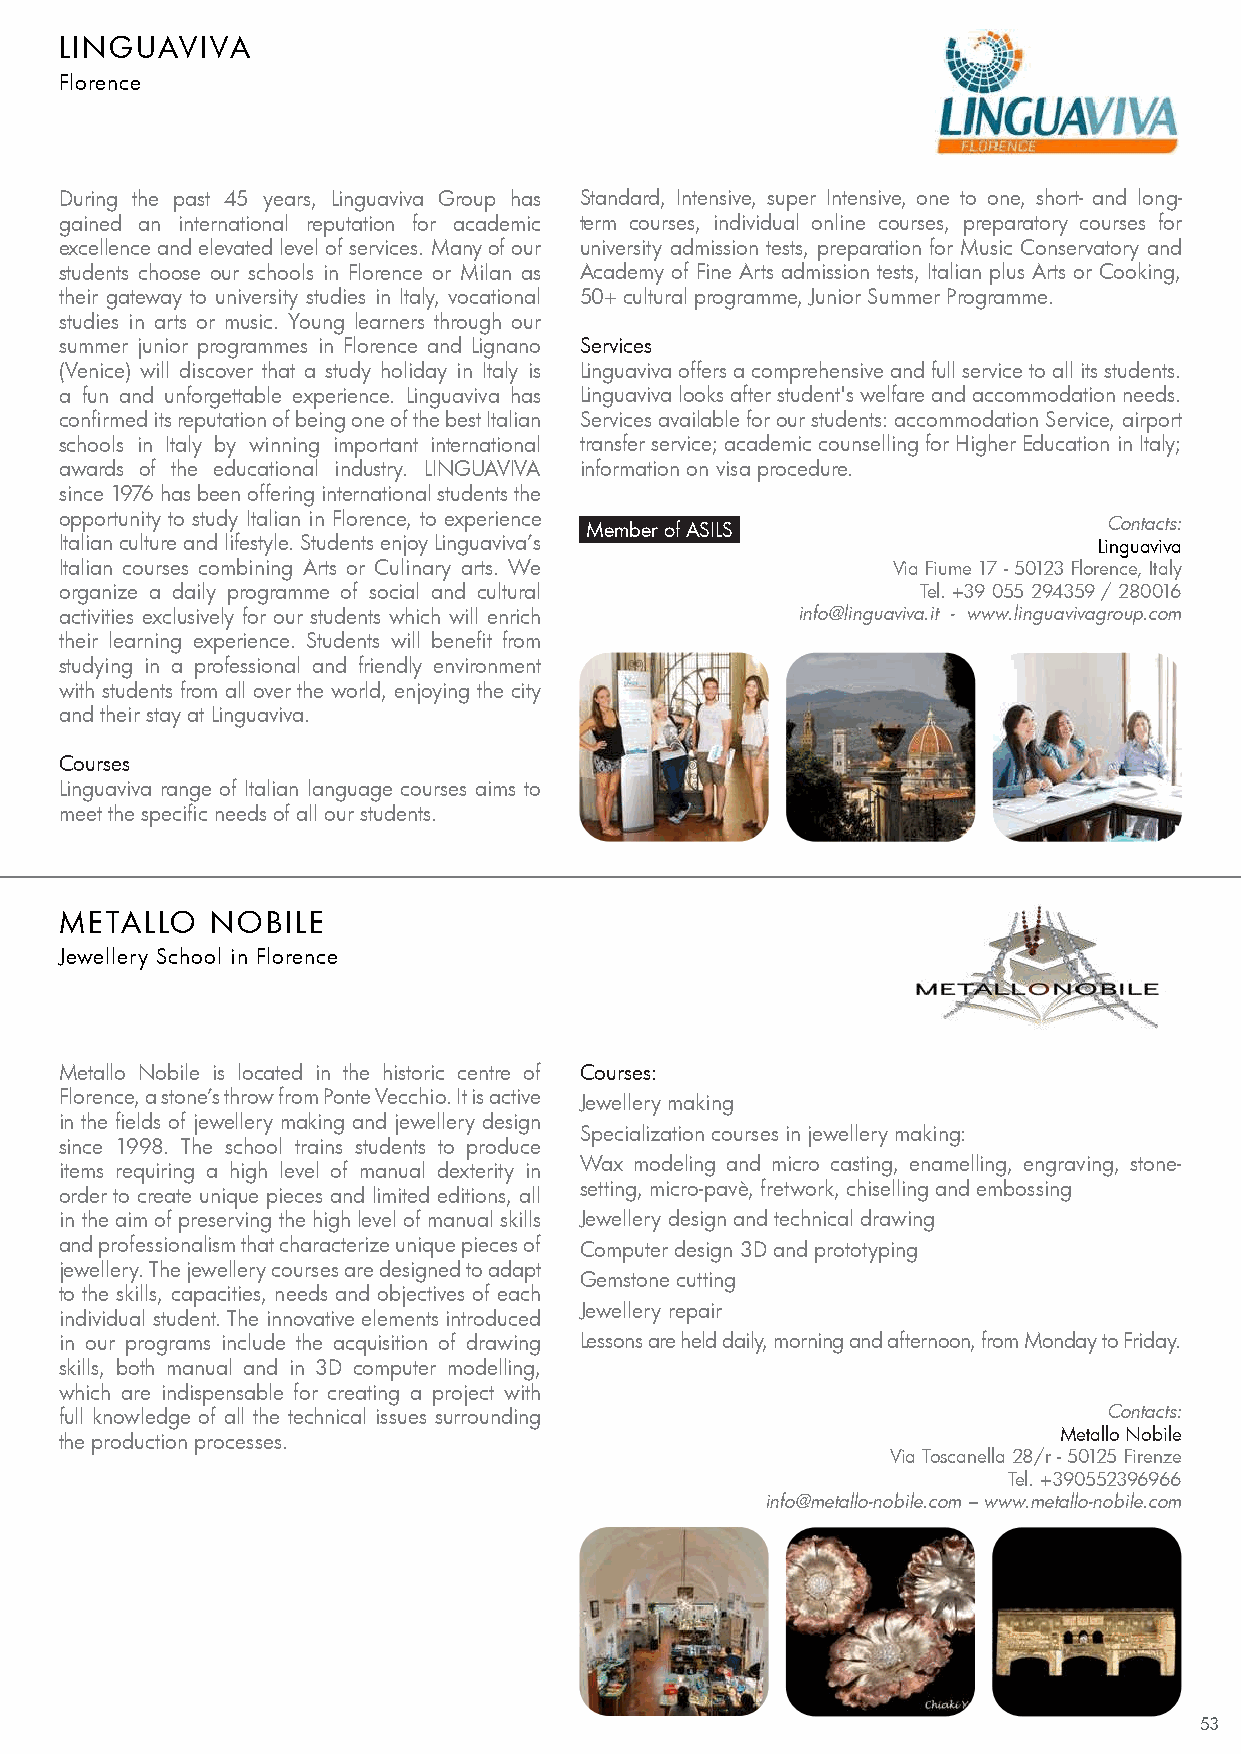
LINGUAVIVA
 Florence
 During the past 45 years, Linguaviva Group has Standard, Intensive, super Intensive, one to one, short- and long-
 gained an international reputation for academic term courses, individual online courses, preparatory courses for
 excellence and elevated level of services. Many of our university admission tests, preparation for Music Conservatory and
 students choose our schools in Florence or Milan as Academy of Fine Arts admission tests, Italian plus Arts or Cooking,
 their gateway to university studies in Italy, vocational 50+ cultural programme, Junior Summer Programme.
 studies in arts or music. Young learners through our
 summer junior programmes in Florence and Lignano Services
 (Venice) will discover that a study holiday in Italy is Linguaviva offers a comprehensive and full service to all its students.
 a fun and unforgettable experience. Linguaviva has Linguaviva looks after student's welfare and accommodation needs.
 confirmed its reputation of being one of the best Italian Services available for our students: accommodation Service, airport
 schools in Italy by winning important international transfer service; academic counselling for Higher Education in Italy;
 awards of the educational industry. LINGUAVIVA information on visa procedure.
 since 1976 has been offering international students the
 opportunity to study Italian in Florence, to experience Member of ASILS Contacts:
 Italian culture and lifestyle. Students enjoy Linguaviva’s           Linguaviva
 Italian courses combining Arts or Culinary arts. We    Via Fiume 17 - 50123 Florence, Italy
 organize a daily programme of social and cultural        Tel. +39 055 294359 / 280016
 activities exclusively for our students which will enrich info@linguaviva.it - www.linguavivagroup.com
 their learning experience. Students will benefit from
 studying in a professional and friendly environment
 with students from all over the world, enjoying the city
 and their stay at Linguaviva.
 Courses
 Linguaviva range of Italian language courses aims to
 meet the specific needs of all our students.
 METALLO   NOBILE
 Jewellery School in Florence
 Metallo Nobile is located in the historic centre of Courses:
 Florence, a stone’s throw from Ponte Vecchio. It is active Jewellery making
 in the fields of jewellery making and jewellery design
 Specialization courses in jewellery making:
 since 1998. The school trains students to produce
 Wax modeling and micro casting, enamelling, engraving, stone-
 items requiring a high level of manual dexterity in
 setting, micro-pavè, fretwork, chiselling and embossing
 order to create unique pieces and limited editions, all
 in the aim of preserving the high level of manual skills Jewellery design and technical drawing
 and professionalism that characterize unique pieces of Computer design 3D and prototyping
 jewellery. The jewellery courses are designed to adapt
 Gemstone cutting
 to the skills, capacities, needs and objectives of each
 Jewellery repair
 individual student. The innovative elements introduced
 in our programs include the acquisition of drawing Lessons are held daily, morning and afternoon, from Monday to Friday.
 skills, both manual and in 3D computer modelling,
 which are indispensable for creating a project with
 full knowledge of all the technical issues surrounding               Contacts:
 the production processes.                                         Metallo Nobile
 Via Toscanella 28/r - 50125 Firenze
 Tel. +390552396966
 info@metallo-nobile.com – www.metallo-nobile.com
 53